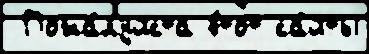
 Пожа́луйста э́тот са́йты